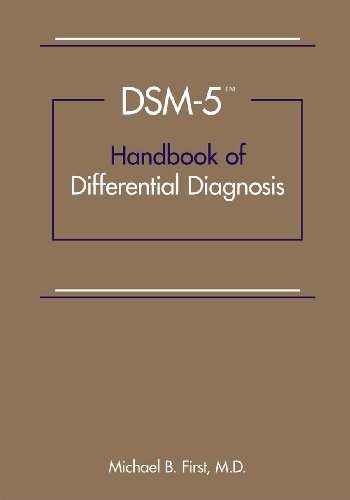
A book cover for DSM-5TM Handbook of Differential Diagnosis; Michael B. First; Medical Books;